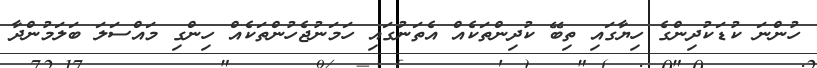
ހުންނަ ކުޑަކުދިންގެ ހިޔާގައި ތިބޭ ކުދިންތަކެއް އެތަނުގައި ހަމަނުޖެހުންތަކެއް ހިންގި މައްސަލަ ބަލަމުންދާ